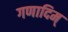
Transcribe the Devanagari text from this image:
गणादिम्